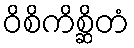
ဝိစိကိစ္ဆိတံ